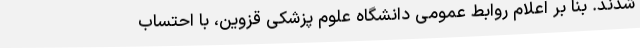
شدند. بنا بر اعلام روابط عمومی دانشگاه علوم پزشکی قزوین، با احتساب